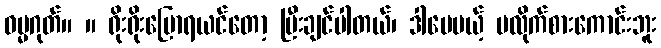
ဓမ္မဂုတ်။ ။ ရိုးရိုးပြောရယင်တော့ ပြီးချင်ပါတယ်၊ ဒါပေမယ့် မလိုက်စားကောင်းဘူး